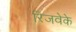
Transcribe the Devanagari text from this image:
रिजवेके